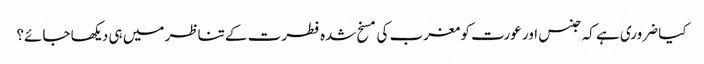
کیا ضروری ہے کہ جنس اور عورت کو مغرب کی مسخ شدہ فطرت کے تناظر میں ہی دیکھا جائے؟